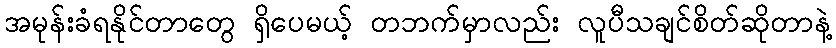
အမုန်းခံရနိုင်တာတွေ ရှိပေမယ့် တဘက်မှာလည်း လူပီသချင်စိတ်ဆိုတာနဲ့